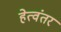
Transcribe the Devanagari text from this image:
हेत्वंतर